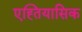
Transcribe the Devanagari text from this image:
एह्तियासिक